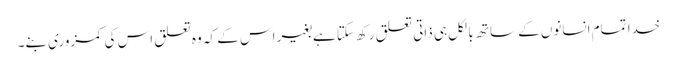
خدا تمام انسانوں کے ساتھ بالکل ہی ذاتی تعلق رکھ سکتا ہےبغیر اس کے کہ وہ تعلق اس کی کمزوری بنے۔